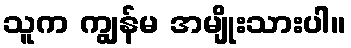
သူက ကျွန်မ အမျိုးသားပါ။